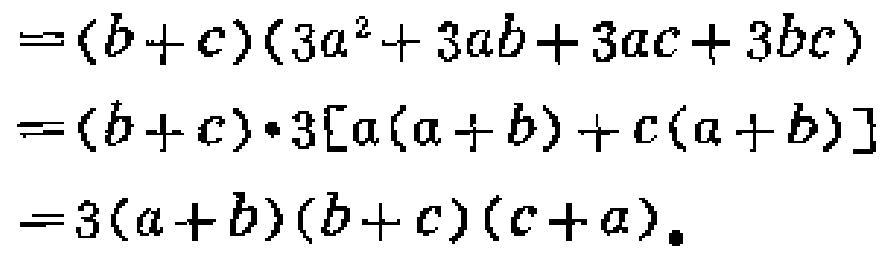
\[

\begin{align*}

&=(b + c)(3a^{2}+3ab + 3ac+3bc)\\

&=(b + c)\cdot3[a(a + b)+c(a + b)]\\

&=3(a + b)(b + c)(c + a)

\end{align*}

\]